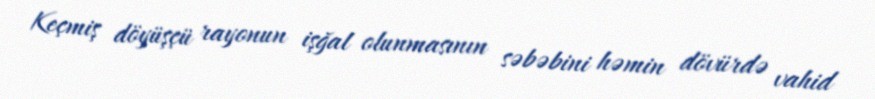
Keçmiş döyüşçü rayonun işğal olunmasının səbəbini həmin dövürdə vahid